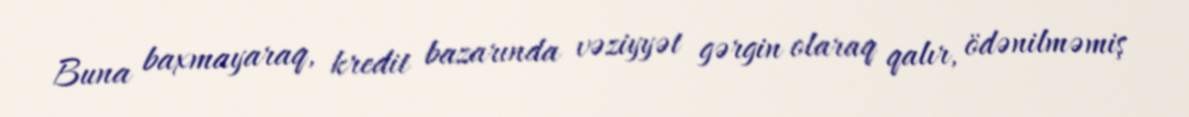
Buna baxmayaraq, kredit bazarında vəziyyət gərgin olaraq qalır, ödənilməmiş